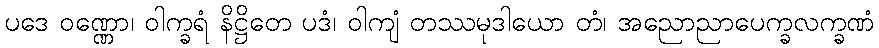
ပဒေ ဝဏ္ဏော၊ ဝါက္ခရံ နိဋ္ဌိတေ ပဒံ၊ ဝါကျံ တဿမုဒါယော တံ၊ အညောညာပေက္ခလက္ခဏံ